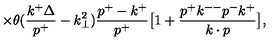
\times \theta ( { \frac { k ^ { + } \Delta } { p ^ { + } } } - k _ { \perp } ^ { 2 } ) { \frac { p ^ { + } - k ^ { + } } { p ^ { + } } } \bigl [ 1 + { \frac { p ^ { + } k ^ { -- } p ^ { - } k ^ { + } } { k \cdot p } } \bigr ] ,